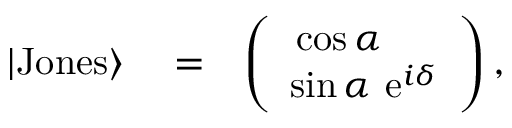
\begin{array} { r l r } { | \mathrm { J o n e s } \rangle } & { { } = } & { \left( \begin{array} { c } { \cos \alpha \ \ \ \ } \\ { \sin \alpha \ \mathrm { e } ^ { i \delta } } \end{array} \right) , } \end{array}